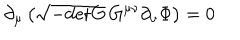
\partial _ { \mu } \left( \sqrt { - \mathrm { d e t } G } \, G ^ { \mu \nu } \partial _ { \nu } \Phi \right) = 0